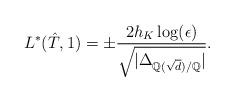
LaTeX: \begin{align*}L^{*}(\hat{T},1)=\pm \frac{2h_K\log(\epsilon)}{\sqrt{|\Delta_{\mathbb{Q}(\sqrt{d})/\mathbb{Q}}|}}.\end{align*}